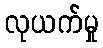
လုယက်မှု